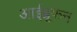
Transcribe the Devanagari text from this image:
आईब्रूफेन